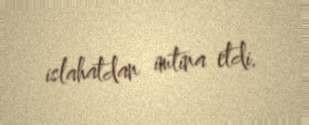
islahatdan imtina etdi.